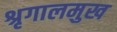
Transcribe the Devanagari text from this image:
श्रृगालमुख